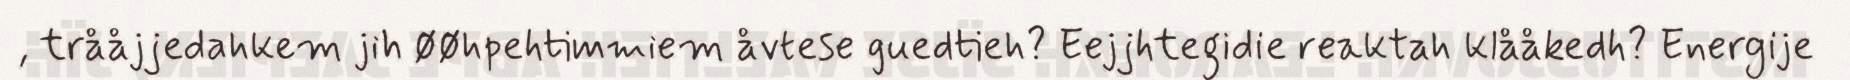
, trååjjedahkem jih øøhpehtimmiem åvtese guedtieh? Eejjhtegidie reaktah klååkedh? Energije